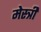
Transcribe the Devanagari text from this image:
मेस्‍त्री